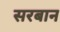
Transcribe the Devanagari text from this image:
सरबान